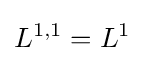
L^{1,1}=L^{1}